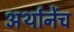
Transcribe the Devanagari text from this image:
अर्थानेंच